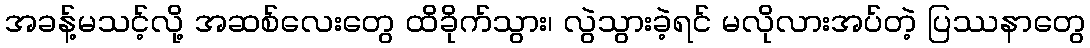
အခန့်မသင့်လို့ အဆစ်လေးတွေ ထိခိုက်သွား၊ လွဲသွားခဲ့ရင် မလိုလားအပ်တဲ့ ပြဿနာတွေ